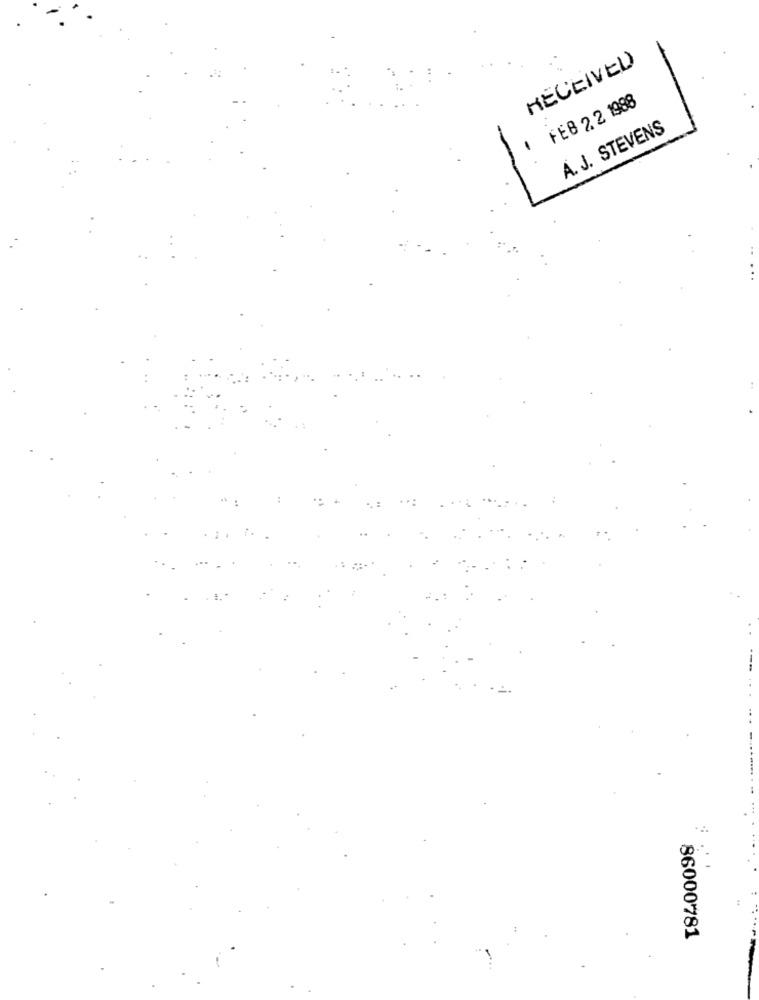
RECEIVED
FEB 2.2 1988
A. J. STEVENS
. .
86000781